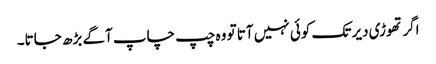
اگر تھوڑی دیر تک کوئی نہیں آتا تو وہ چپ چاپ آگے بڑھ جاتا۔